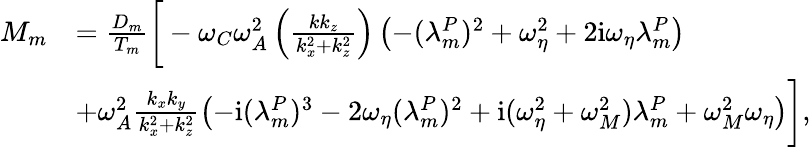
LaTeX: \begin{array}{rl}{M_{m}}&{=\frac{D_{m}}{T_{m}}\bigg[-\omega_{C}\omega_{A}^{2}\left(\frac{kk_{z}}{k_{x}^{2}+k_{z}^{2}}\right)\left(-(\lambda_{m}^{P})^{2}+\omega_{\eta}^{2}+2\mathrm{i}\omega_{\eta}\lambda_{m}^{P}\right)}\\ &{+\omega_{A}^{2}\frac{k_{x}k_{y}}{k_{x}^{2}+k_{z}^{2}}\left(-\mathrm{i}(\lambda_{m}^{P})^{3}-2\omega_{\eta}(\lambda_{m}^{P})^{2}+\mathrm{i}(\omega_{\eta}^{2}+\omega_{M}^{2})\lambda_{m}^{P}+\omega_{M}^{2}\omega_{\eta}\right)\bigg],}\end{array}